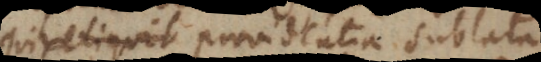
qui providentia sublata